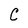
Character: C